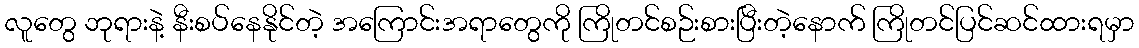
လူတွေ ဘုရားနဲ့ နီးစပ်နေနိုင်တဲ့ အကြောင်းအရာတွေကို ကြိုတင်စဉ်းစားပြီးတဲ့နောက် ကြိုတင်ပြင်ဆင်ထားရမှာ